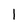
Character: l